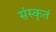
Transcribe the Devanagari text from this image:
संस्कृतं